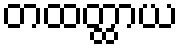
တထတ္ထာယ